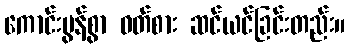
ကောင်းမွန်စွာ ဝတ်စား ဆင်ယင်ခြင်းတည်း။